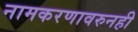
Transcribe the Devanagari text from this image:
नामकरणावरुनही